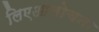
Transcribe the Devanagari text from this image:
लिएआलोचना